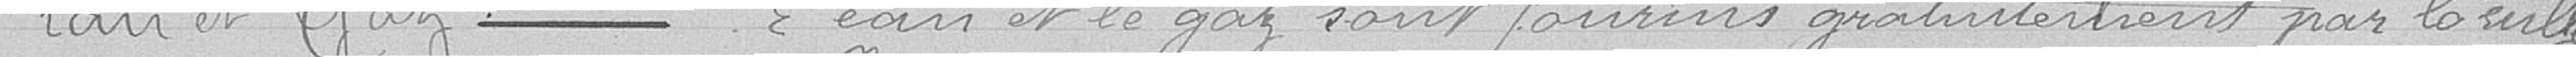
Eau et gaz ------ L'eau et le gaz sont fournis gratuitement par la ville,